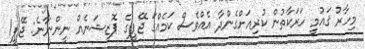
މިހާރު ޤައުމީ ހަރަކާތުން ކުރިއަށްގެންދާ އެއްވެސް ކަމެއްގަ ޖޭޕީގެ ޕޮޒިޝަނެއް ނީންނާނެ: ޖޭޕީ1